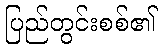
ပြည်တွင်းစစ်၏